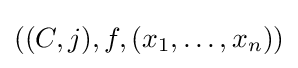
((C,j),f,(x_{1},\ldots ,x_{n}))